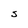
Character: S